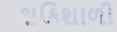
શકિશાળી